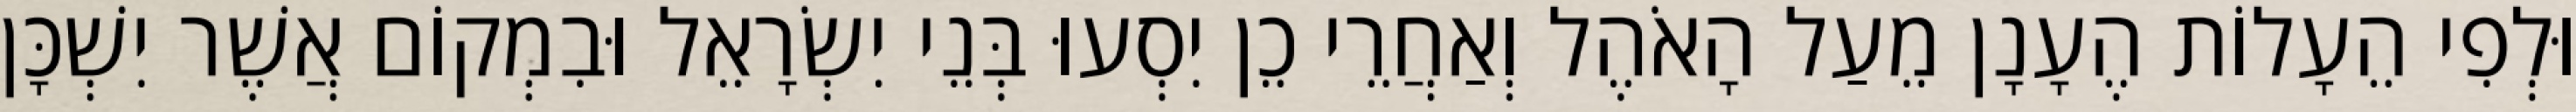
וּלְפִי הֵעָלוֹת הֶעָנָן מֵעַל הָאֹהֶל וְאַחֲרֵי כֵן יִסְעוּ בְּנֵי יִשְׂרָאֵל וּבִמְקוֹם אֲשֶׁר יִשְׁכָּן